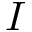
I